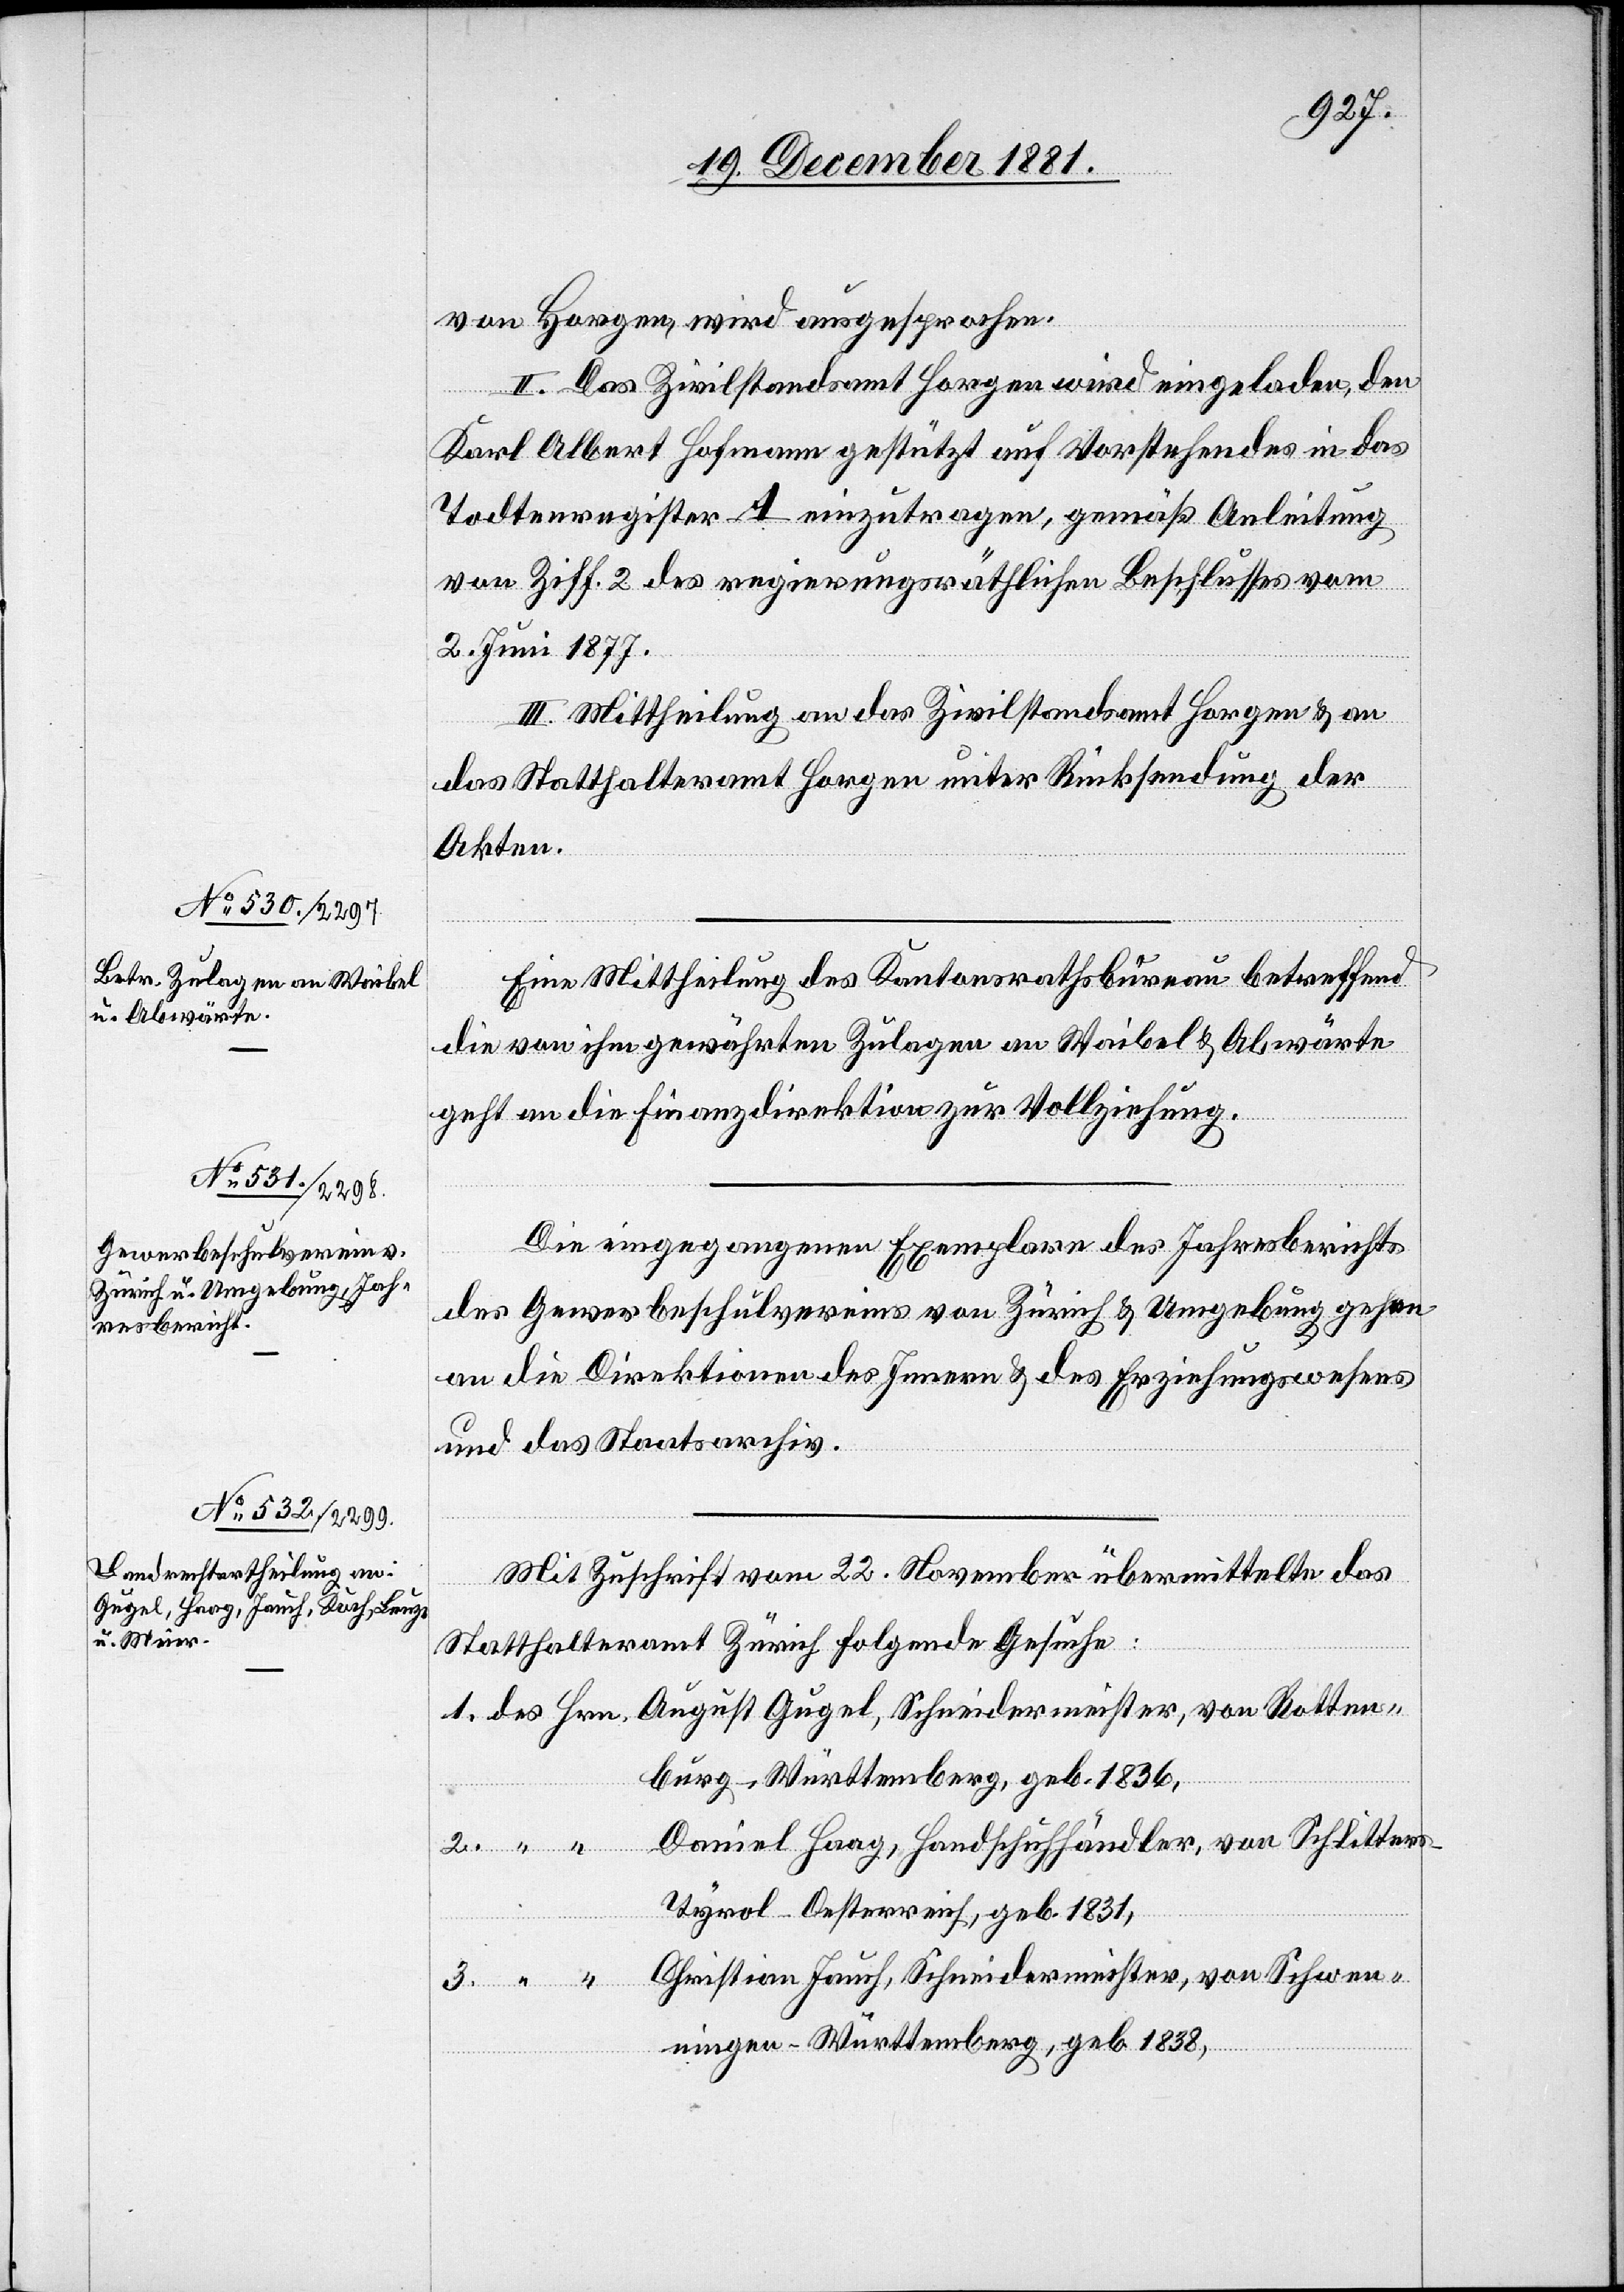
Rotten¬
von Horgen, wird ausgesprochen.
II. Das Zivilstandsamt Horgen wird eingeladen, den
Karl Albert Hofmann gestützt auf Vorstehendes in des
Todtenregister A einzutragen, gemäß Anleitung
von Ziff. 2 des regierungsräthlichen Beschlusses vom
2. Juni 1877.
III. Mittheilung an das Zivilstandsamt Horgen & an
das Statthalteramt Horgen unter Rücksendung der
Akten.
Eine Mittheilung des Kantonsrathsbüreau betreffend
die von ihm gewährten Zulagen an Waibel & Abwärter
geht an die Finanzdirektion zur Vollziehung.
Die eingegangenen Exemplare des Jahresberichts
des Gewerbeschulvereins von Zürich & Umgebung gehen
an die Direktionen des Innern & des Erziehungswesens
und das Staatsarchiv.
Mit Zuschrift vom 22. November übermittelte das
Statthalteramt Zürich folgende Gesuche:
burg - Württemberg, geb. 1836,
Daniel Haag, Handschuhhändler, von Schlitters -
Tyrol - Oesterreich, geb. 1831,
Christian Jauch, Schneidermeister, von Schwen¬
ningen - Württemberg, geb. 1838,